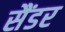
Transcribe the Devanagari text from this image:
सैंडर